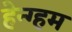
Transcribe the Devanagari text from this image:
हेन्ग्हम